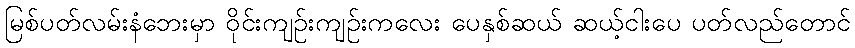
မြစ်ပတ်လမ်းနံဘေးမှာ ဝိုင်းကျဉ်းကျဉ်းကလေး ပေနှစ်ဆယ် ဆယ့်ငါးပေ ပတ်လည်တောင်